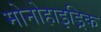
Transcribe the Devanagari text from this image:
मोनोहाइड्रिक